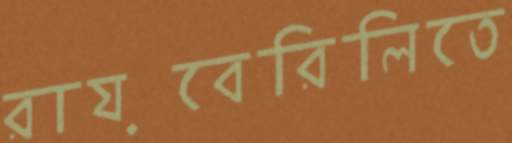
রায়বেরিলিতে